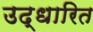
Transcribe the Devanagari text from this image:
उद्धारित